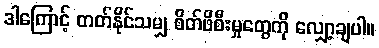
ဒါကြောင့် တတ်နိုင်သမျှ စိတ်ဖိစီးမှုတွေကို လျှော့ချပါ။